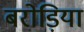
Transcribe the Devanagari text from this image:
बरोड़िया